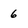
Character: 6